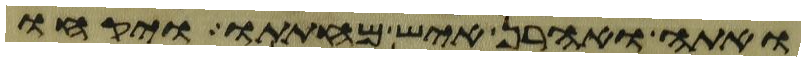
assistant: ואתה ואהרן איש מחתתו ויקחו